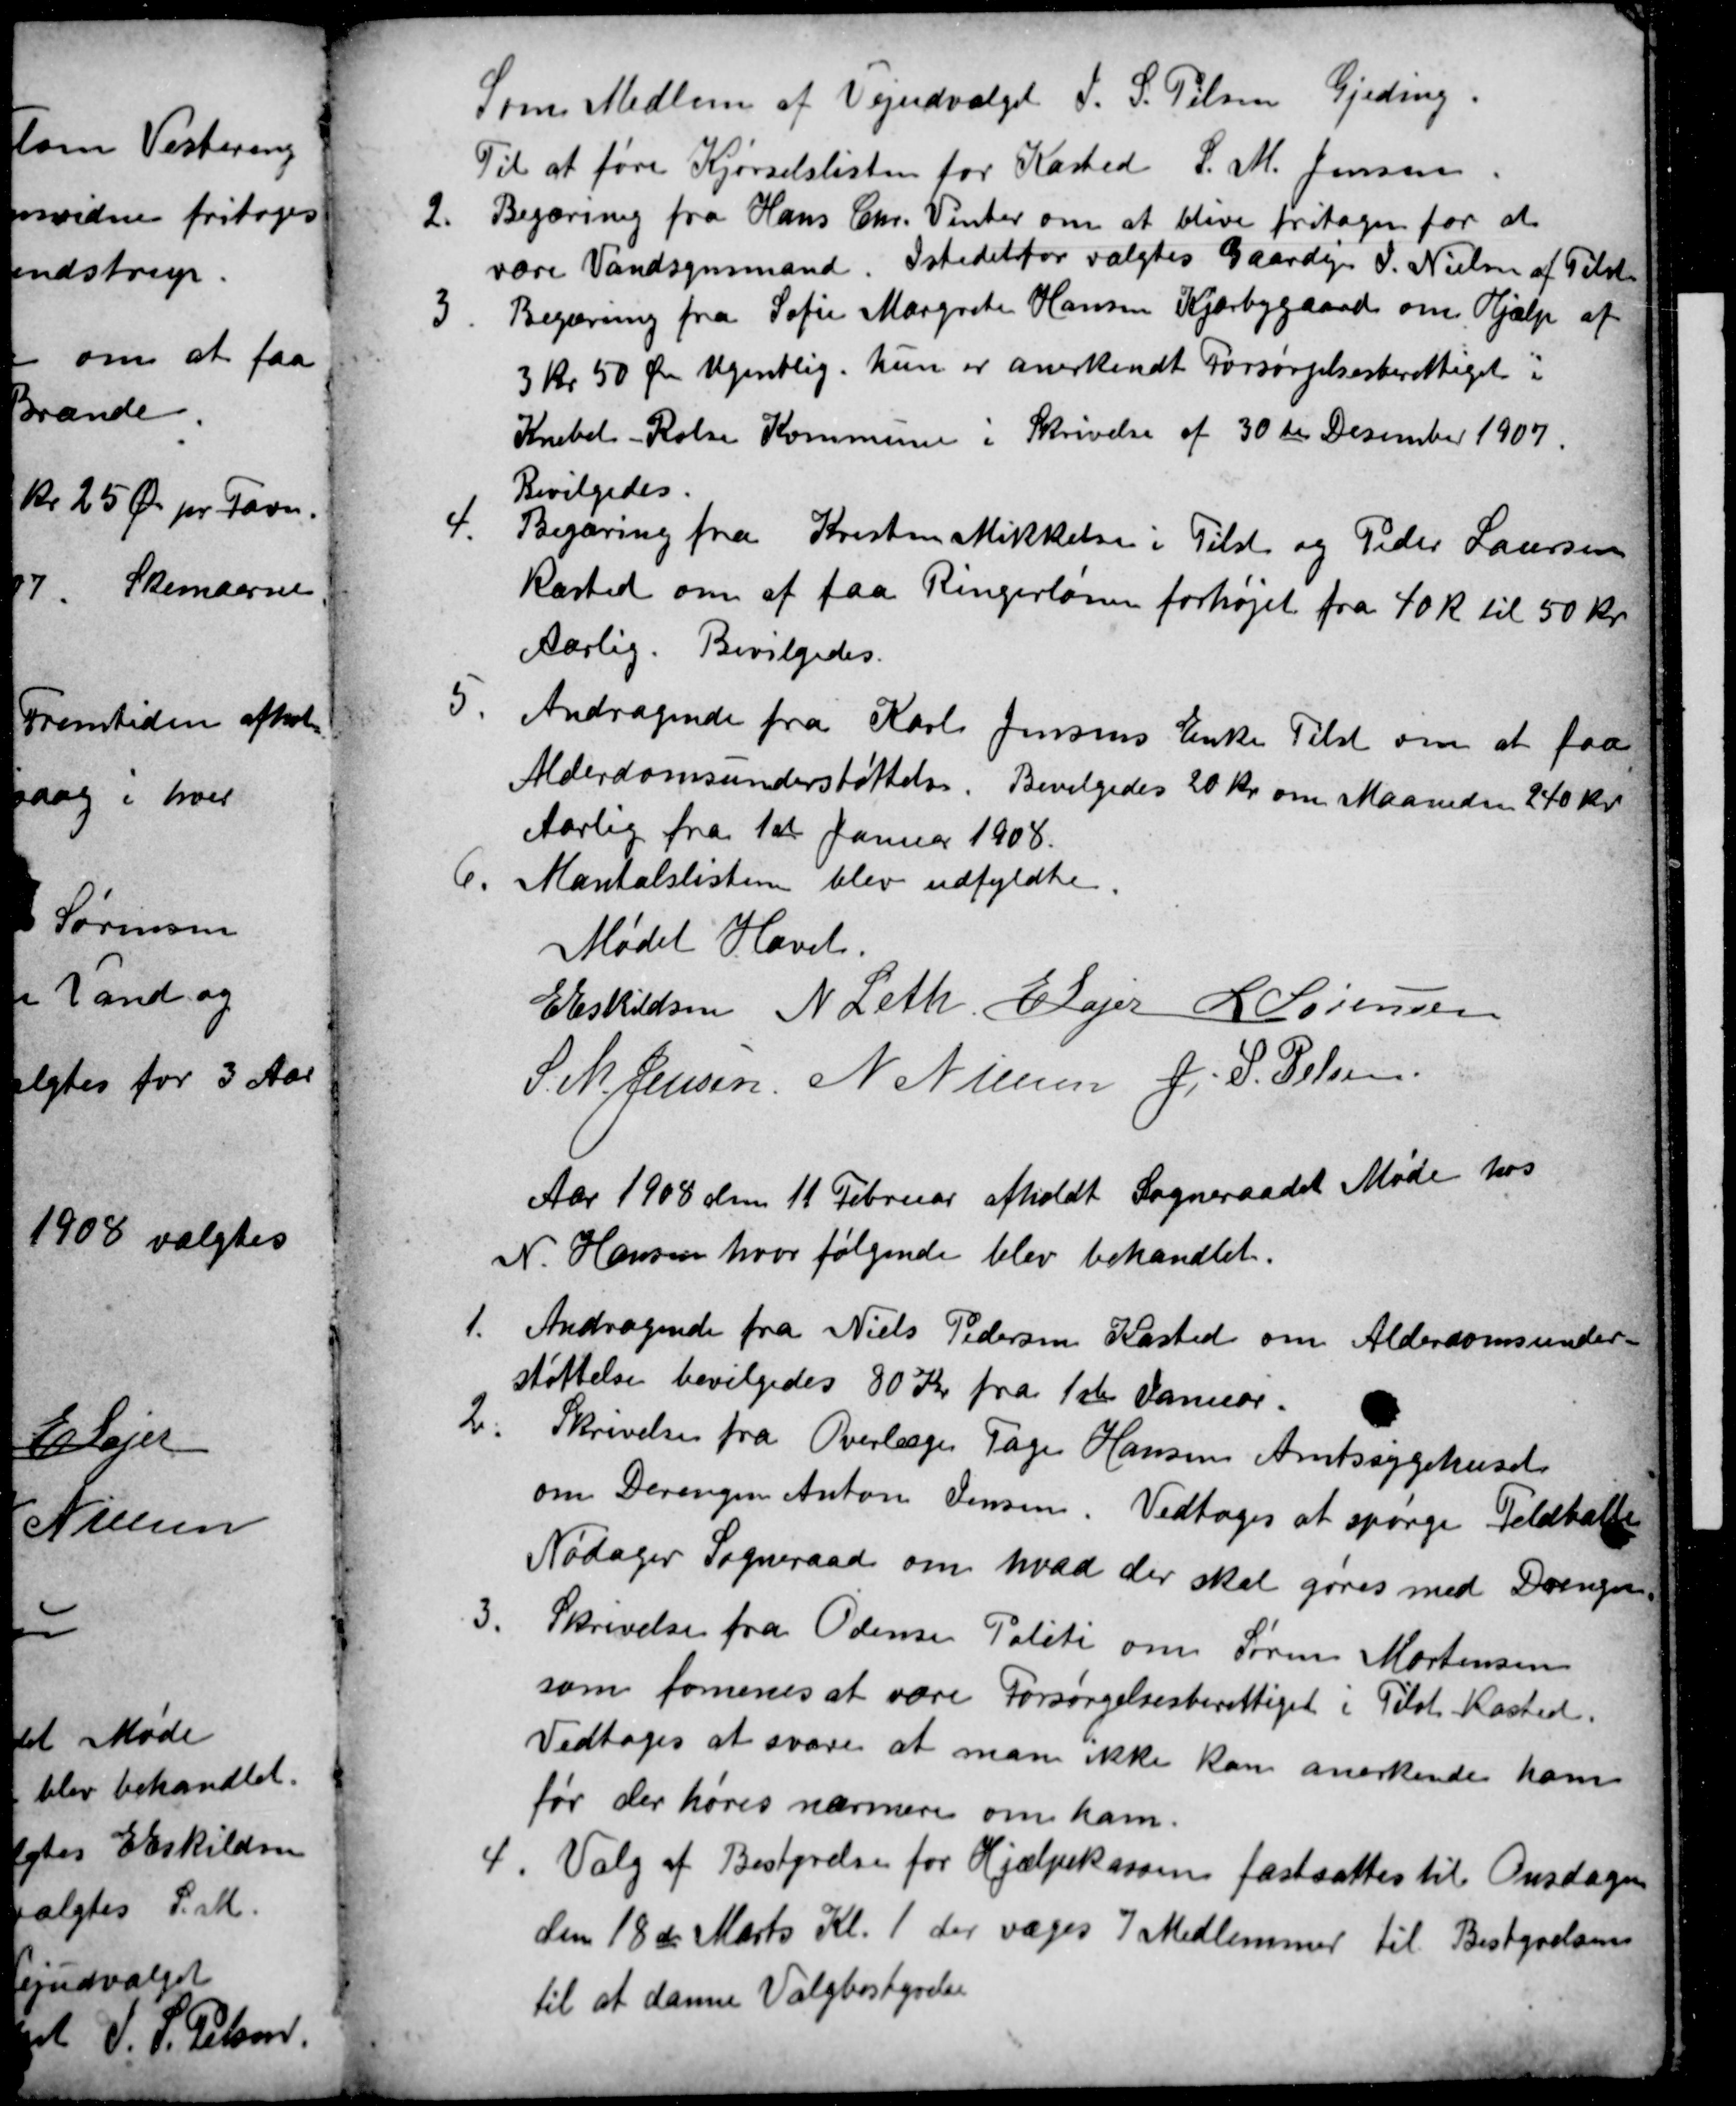
Transskription:
Som Medlem af Vejudvalget J. S. Pelsen Gjeding.
Til at føre Kjørselslisten for Kasted S. M. Jensen.
2.
Begæring fra Hans Chr. Vinter om at blive fritagen for at
være Vandsynsmand. Istedetfor valgtes Gaardejer J. Nielsen af Tilst
3.
Begæring fra Sofie Margrete Hansen Kjærbygaard om Hjælp af
3 kr 50 Øre Ugentlig. hun er anerkendt Forsørgelsesberettiget i
Knebel Rolse Kommune i Skrivelse af 30te Desember 1907.
Bevilgedes.
4.
Begæring fra Kresten Mikkelsen i Tilst og Peder Laursen
Kasted om at faa Ringerlønen forhøjet fra 40 Kr til 50 Kr
Aarlig. Bevilgedes.
5.
Andragende fra Karl Jensens Enke Tilst om at faa
Alderdomsunderstøttelse. Bevilgedes 20 Kr om Maaneden 240 Kr.
Aarlig fra 1st Januar 1908.
6.
Mantalslisterne blev udfyldte.
Mødet Hævet.
E Eskildsen
N Leth
E Lajer
L Sørensen
S. M. Jensen.
N Nielsen
J. S. Pelsen
Aar 1908 den 11 Februar afholdt Sogneraadet Møde hos
N. Hansen hvor følgende blev behandlet.
1.
Andragende fra Niels Pedersen Kasted om Alderdomsunder-
støttelse bevilgedes 80 Kr fra 1ste Januar.
2
Skrivelse fra Overlæge Tage Hansen Amtssygehuset
om Drengen Anton Jensen. Vedtoges at spørge Feldballe
Nødager Sogneraad om hvad der skal gøres med Drengen.
3.
Skrivelse fra Odense Politi om Søren Mortensen
som formenes at være Forsørgelsesberettiget i Tilst Kasted.
Vedtoges at svare at man ikke kan anerkende ham
før der høres nærmere om ham.
4
Valg af Bestyrelse for Hjælpekassen fastsattes til Onsdagen
den 18de Marts Kl. 1 der væges 7 Medlemmer til Bestyrelsen
til at danne Valgbestyrelse